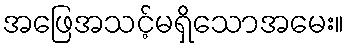
အဖြေအသင့်မရှိသောအမေး။